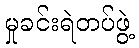
မှုခင်းရဲတပ်ဖွဲ့